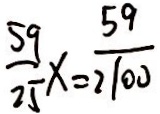
\frac { 5 9 } { 2 5 } x = \frac { 5 9 } { 2 1 0 0 }